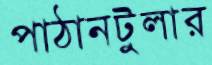
পাঠানটুলার